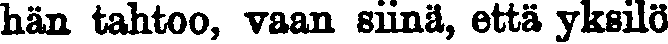
hän tahtoo, vaan siinä, että yksilö